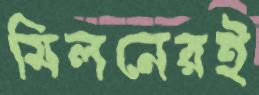
মিলনেরই